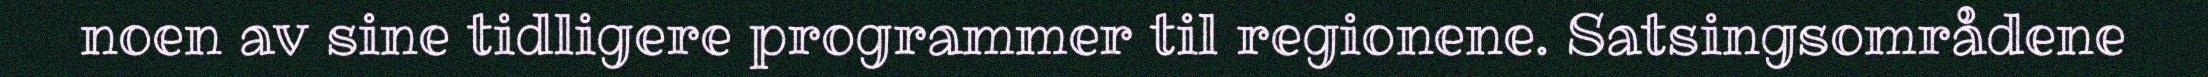
noen av sine tidligere programmer til regionene. Satsingsområdene